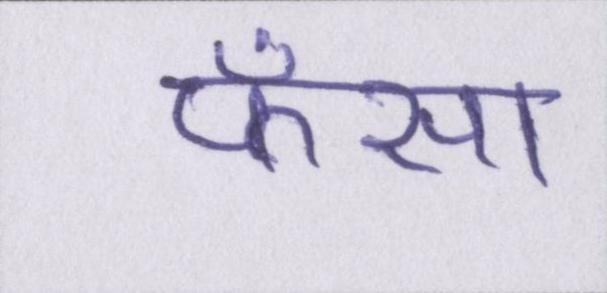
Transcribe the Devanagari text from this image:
फँसा